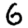
Digit: 6